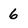
Character: 6